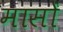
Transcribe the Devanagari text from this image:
मासाें